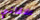
علاقاتي